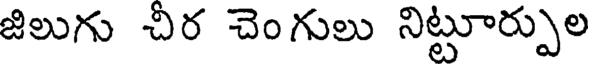
జిలుగు చీర చెంగులు నిట్టూర్పుల